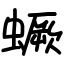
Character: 蟩